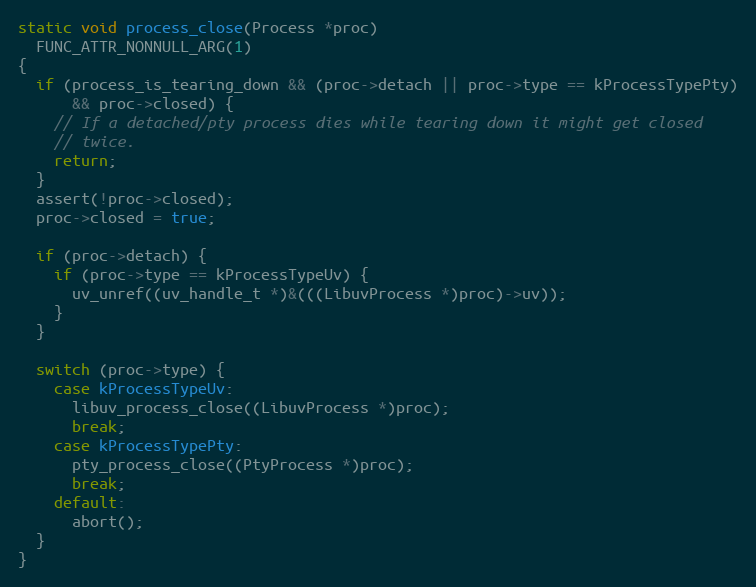
Language: C
static void process_close(Process *proc)
  FUNC_ATTR_NONNULL_ARG(1)
{
  if (process_is_tearing_down && (proc->detach || proc->type == kProcessTypePty)
      && proc->closed) {
    // If a detached/pty process dies while tearing down it might get closed
    // twice.
    return;
  }
  assert(!proc->closed);
  proc->closed = true;

  if (proc->detach) {
    if (proc->type == kProcessTypeUv) {
      uv_unref((uv_handle_t *)&(((LibuvProcess *)proc)->uv));
    }
  }

  switch (proc->type) {
    case kProcessTypeUv:
      libuv_process_close((LibuvProcess *)proc);
      break;
    case kProcessTypePty:
      pty_process_close((PtyProcess *)proc);
      break;
    default:
      abort();
  }
}